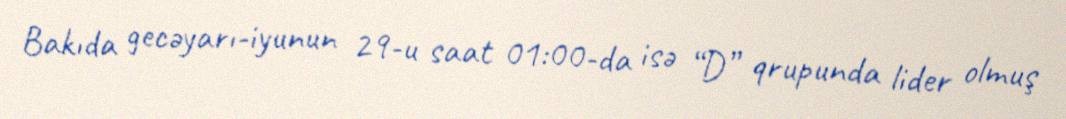
Bakıda gecəyarı-iyunun 29-u saat 01:00-da isə “D” qrupunda lider olmuş